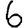
Digit: 6